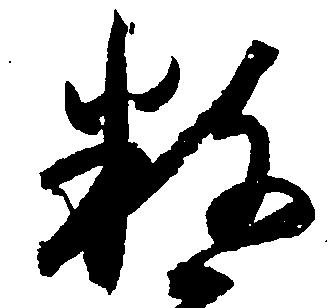
数